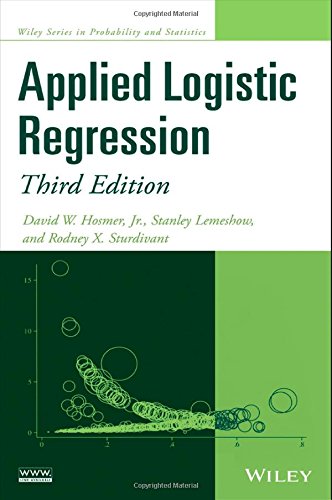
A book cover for Applied Logistic Regression; David W. Hosmer Jr.; Medical Books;